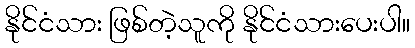
နိုင်ငံသား ဖြစ်တဲ့သူကို နိုင်ငံသားပေးပါ။